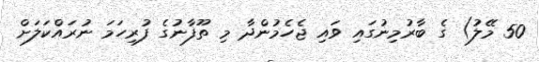
50 މޭލު) ގެ ބާރުމިނުގައި ވައި ޖެހެމުންދާ މި ތޫފާނުގެ ފުރިހަމަ ނުރައްކަލަށް